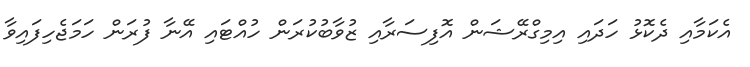
އެކަމާއި ދެކޮޅު ހަދައި އިމިގްރޭޝަން އޮފިސަރާއި ޒުވާބުކުރަން ހުއްޓައި އޭނާ ފުރަން ހަމަޖެހިފައިވާ